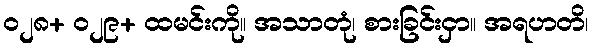
၀၂၈+ ၀၂၉+ ထမင်းကို။ အသာတုံ၊ စားခြင်းငှာ။ အရဟတိ၊